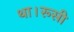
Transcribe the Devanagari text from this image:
था।रूसी